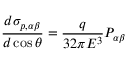
\frac { d \sigma _ { p , \alpha \beta } } { d \cos \theta } = \frac { q } { 3 2 \pi E ^ { 3 } } P _ { \alpha \beta }